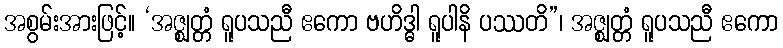
အစွမ်းအားဖြင့်။ ‘အဇ္ဈတ္တံ ရူပသညီ ဧကော ဗဟိဒ္ဓါ ရူပါနိ ပဿတိ”၊ အဇ္ဈတ္တံ ရူပသညီ ဧကော